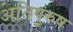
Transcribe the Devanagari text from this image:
अतिपुरुष